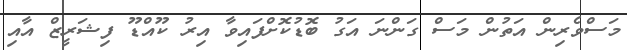
މަސްވެރިން އަތުން މަސް ގަންނަ އަގު ބޮޑުކޮށްފައިވާ އިރު ކޫއްޑޫ ފިޝަރީޒް އާއި